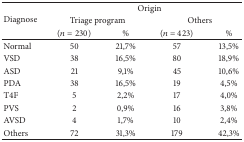
<table><thead><tr><td rowspan="3"><b>Diagnose</b></td><td colspan="4"><b>Origin</b></td></tr><tr><td colspan="2"><b>Triage program</b></td><td colspan="2"><b>Others</b></td></tr><tr><td><b>(<i>n</i> = 230)</b></td><td><b>%</b></td><td><b>(<i>n</i> = 423)</b></td><td><b>%</b></td></tr></thead><tbody><tr><td>Normal</td><td>50</td><td>21,7%</td><td>57</td><td>13,5%</td></tr><tr><td>VSD</td><td>38</td><td>16,5%</td><td>80</td><td>18,9%</td></tr><tr><td>ASD</td><td>21</td><td>9,1%</td><td>45</td><td>10,6%</td></tr><tr><td>PDA</td><td>38</td><td>16,5%</td><td>19</td><td>4,5%</td></tr><tr><td>T4F</td><td>5</td><td>2,2%</td><td>17</td><td>4,0%</td></tr><tr><td>PVS</td><td>2</td><td>0,9%</td><td>16</td><td>3,8%</td></tr><tr><td>AVSD</td><td>4</td><td>1,7%</td><td>10</td><td>2,4%</td></tr><tr><td>Others</td><td>72</td><td>31,3%</td><td>179</td><td>42,3%</td></tr></tbody></table>